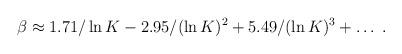
LaTeX: \begin{align*}\beta \approx 1.71 /\ln K - 2.95 /(\ln K)^2 + 5.49/(\ln K)^3 + \ldots \; .\end{align*}